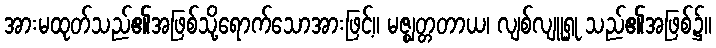
အားမထုတ်သည်၏အဖြစ်သို့ရောက်သောအားဖြင့်။ မဇ္ဈတ္တတာယ၊ လျစ်လျူရှု သည်၏အဖြစ်၌။